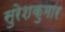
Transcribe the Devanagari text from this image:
सुरेशकुमार